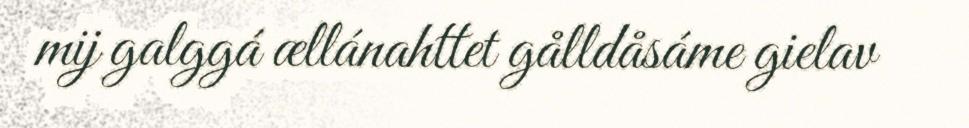
mij galggá ællánahttet gålldåsáme gielav